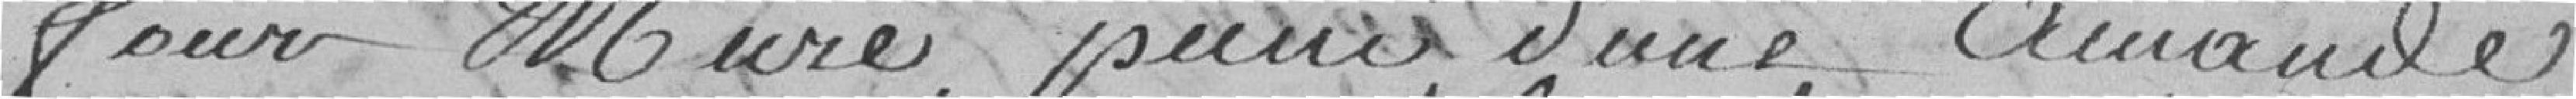
four muré, puni d'une amende